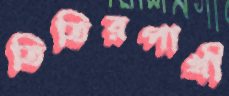
তিতিরপাখী